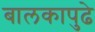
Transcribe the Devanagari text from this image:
बालकापुढे